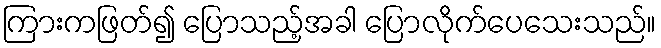
ကြားကဖြတ်၍ ပြောသည့်အခါ ပြောလိုက်ပေသေးသည်။